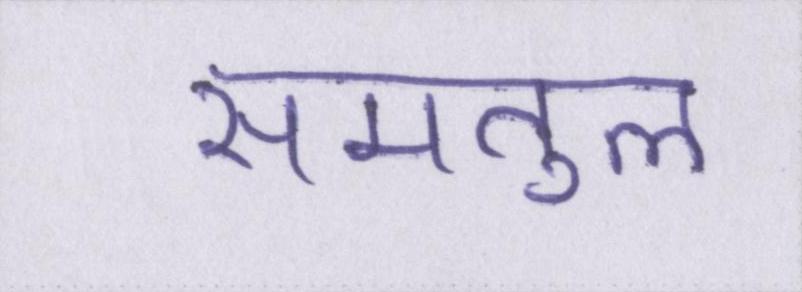
समतुल